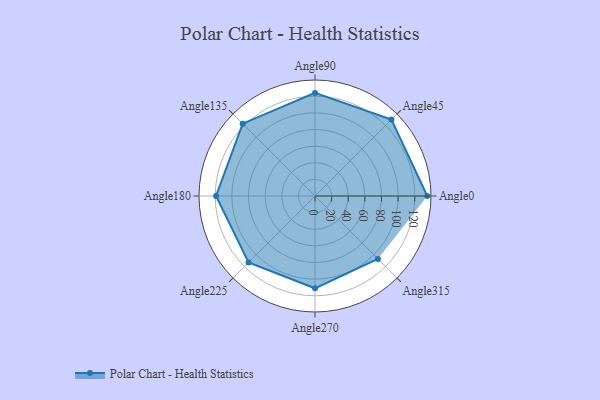
{"axis": {"x": "Angle", "y": "Radius"}, "legend": [""], "data": [{"x": "Angle0", "y": 135.0, "type": ""}, {"x": "Angle45", "y": 130.0, "type": ""}, {"x": "Angle90", "y": 124.0, "type": ""}, {"x": "Angle135", "y": 123.0, "type": ""}, {"x": "Angle180", "y": 119.0, "type": ""}, {"x": "Angle225", "y": 113.0, "type": ""}, {"x": "Angle270", "y": 111.0, "type": ""}, {"x": "Angle315", "y": 107.0, "type": ""}]}